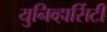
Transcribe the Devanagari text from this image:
युनिव्हार्सिटी